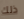
ذلك